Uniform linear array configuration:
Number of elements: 16
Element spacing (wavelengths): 0.5
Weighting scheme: hamming
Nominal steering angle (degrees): -60
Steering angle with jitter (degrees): -58.326
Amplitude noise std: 0.05
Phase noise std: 0.05

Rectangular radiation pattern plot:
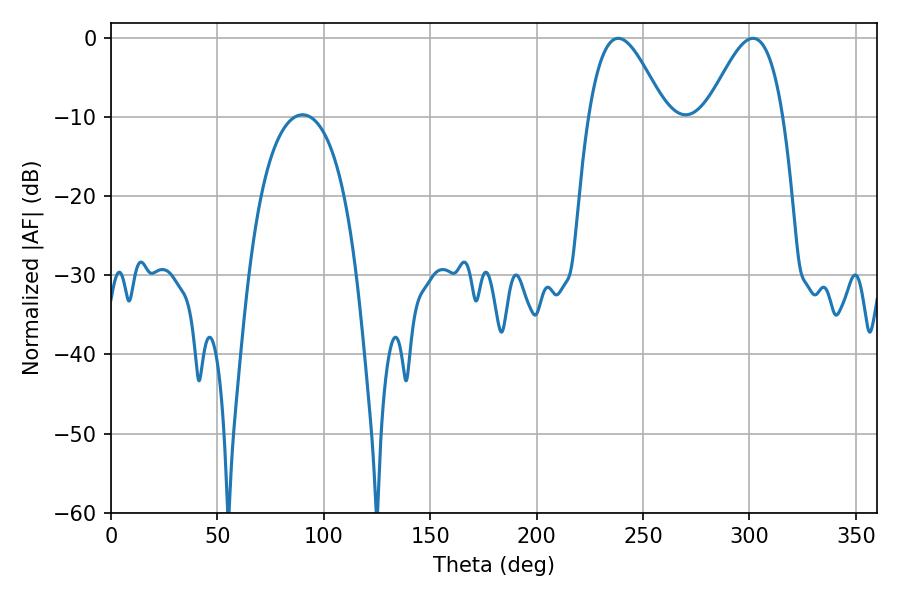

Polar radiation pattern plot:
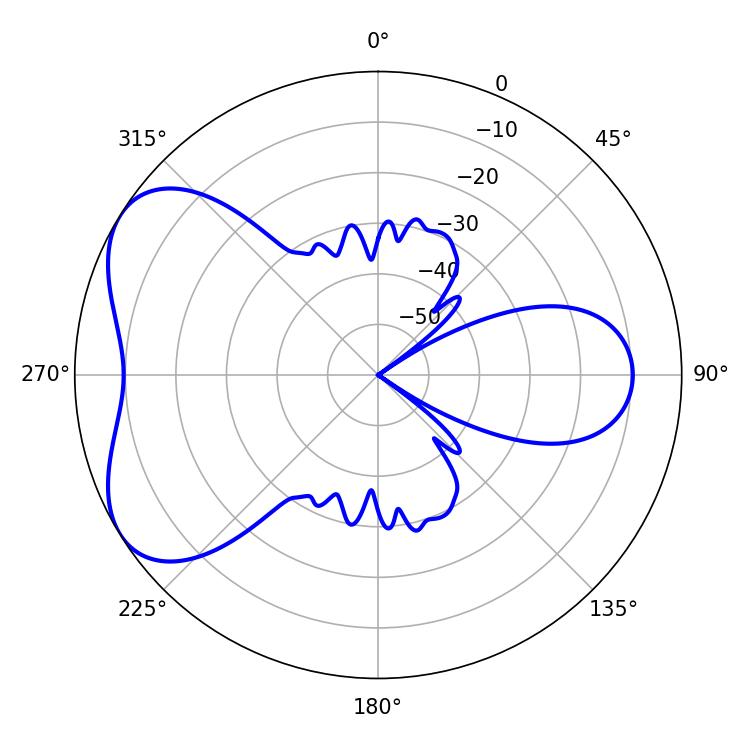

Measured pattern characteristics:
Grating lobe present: FALSE
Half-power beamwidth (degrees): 19.26
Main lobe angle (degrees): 238.32